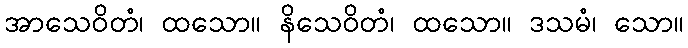
အာသေဝိတံ၊ ထသော။ နိသေဝိတံ၊ ထသော။ ဒသမံ၊ သော။